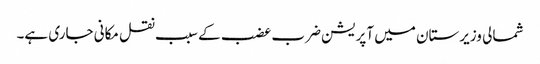
شمالی وزیرستان میں آپریشن ضرب عضب کے سبب نقل مکانی جاری ہے۔